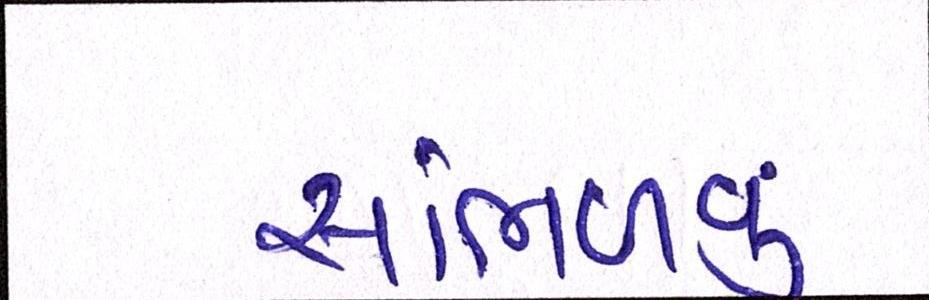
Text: સાંભળવું